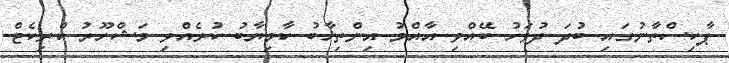
ޕާކިސްތާނުގައި ބުދަ ދުވަހު ބޭއްވި އާއްމު އިންތިޚާބު ކާމިޔާބު ކުރެއްވި މަޝްހޫރު ކްރިކެޓް